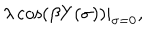
\lambda \cos ( \beta Y ( \sigma ) ) | _ { \sigma = 0 } ,